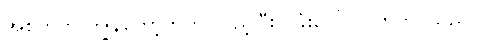
အစ်ကိုက ကျွန်တော့်ဘက် လှည့်ပြီး ပခုံးပေါ် လက်တင်သည်။